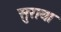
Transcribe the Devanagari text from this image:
सुराया